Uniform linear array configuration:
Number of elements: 24
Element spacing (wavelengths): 0.75
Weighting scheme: exponential
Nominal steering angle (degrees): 30
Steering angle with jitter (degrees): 31.402
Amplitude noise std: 0.05
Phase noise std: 0.05

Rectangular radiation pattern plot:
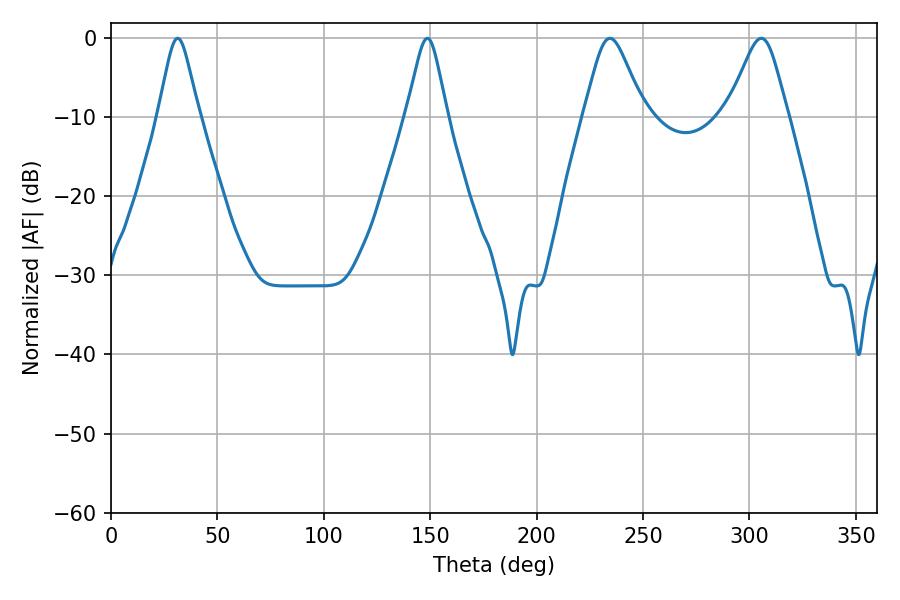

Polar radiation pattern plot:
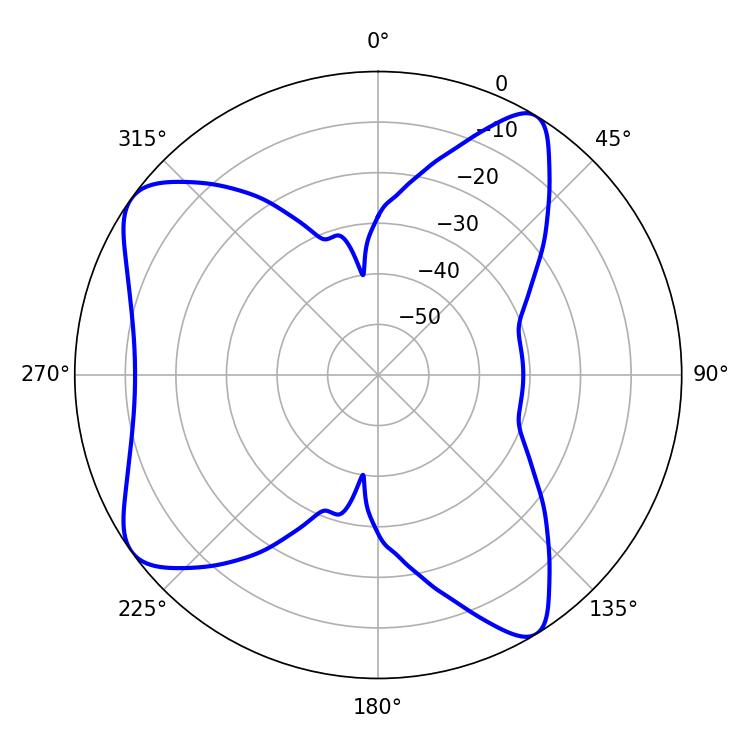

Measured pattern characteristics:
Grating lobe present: TRUE
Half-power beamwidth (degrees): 9.18
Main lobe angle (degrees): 31.32